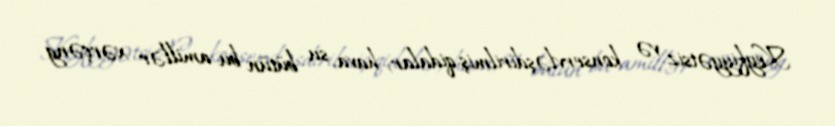
Keyfiyyətsiz və konservləşdirilmiş qidalar, hava, su bütün bu amillər xərçəng